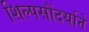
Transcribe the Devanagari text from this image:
शिल्पसौंदर्याने